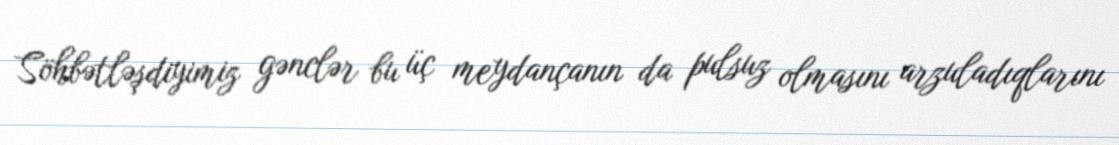
Söhbətləşdiyimiz gənclər bu üç meydançanın da pulsuz olmasını arzuladıqlarını